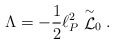
\begin{align*}\Lambda = -{1 \over 2} \ell_P^2 \stackrel{\sim}{\cal L}_0 .\end{align*}